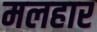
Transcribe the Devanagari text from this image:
मलहार